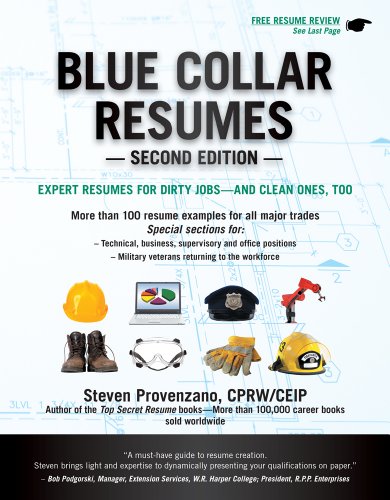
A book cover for Blue Collar Resumes; Steve Provenzano; Business & Money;